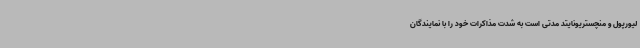
لیورپول و منچستریونایتد مدتی است به شدت مذاکرات خود را با نمایندگان